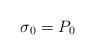
LaTeX: \begin{align*}\sigma_0=P_0\end{align*}